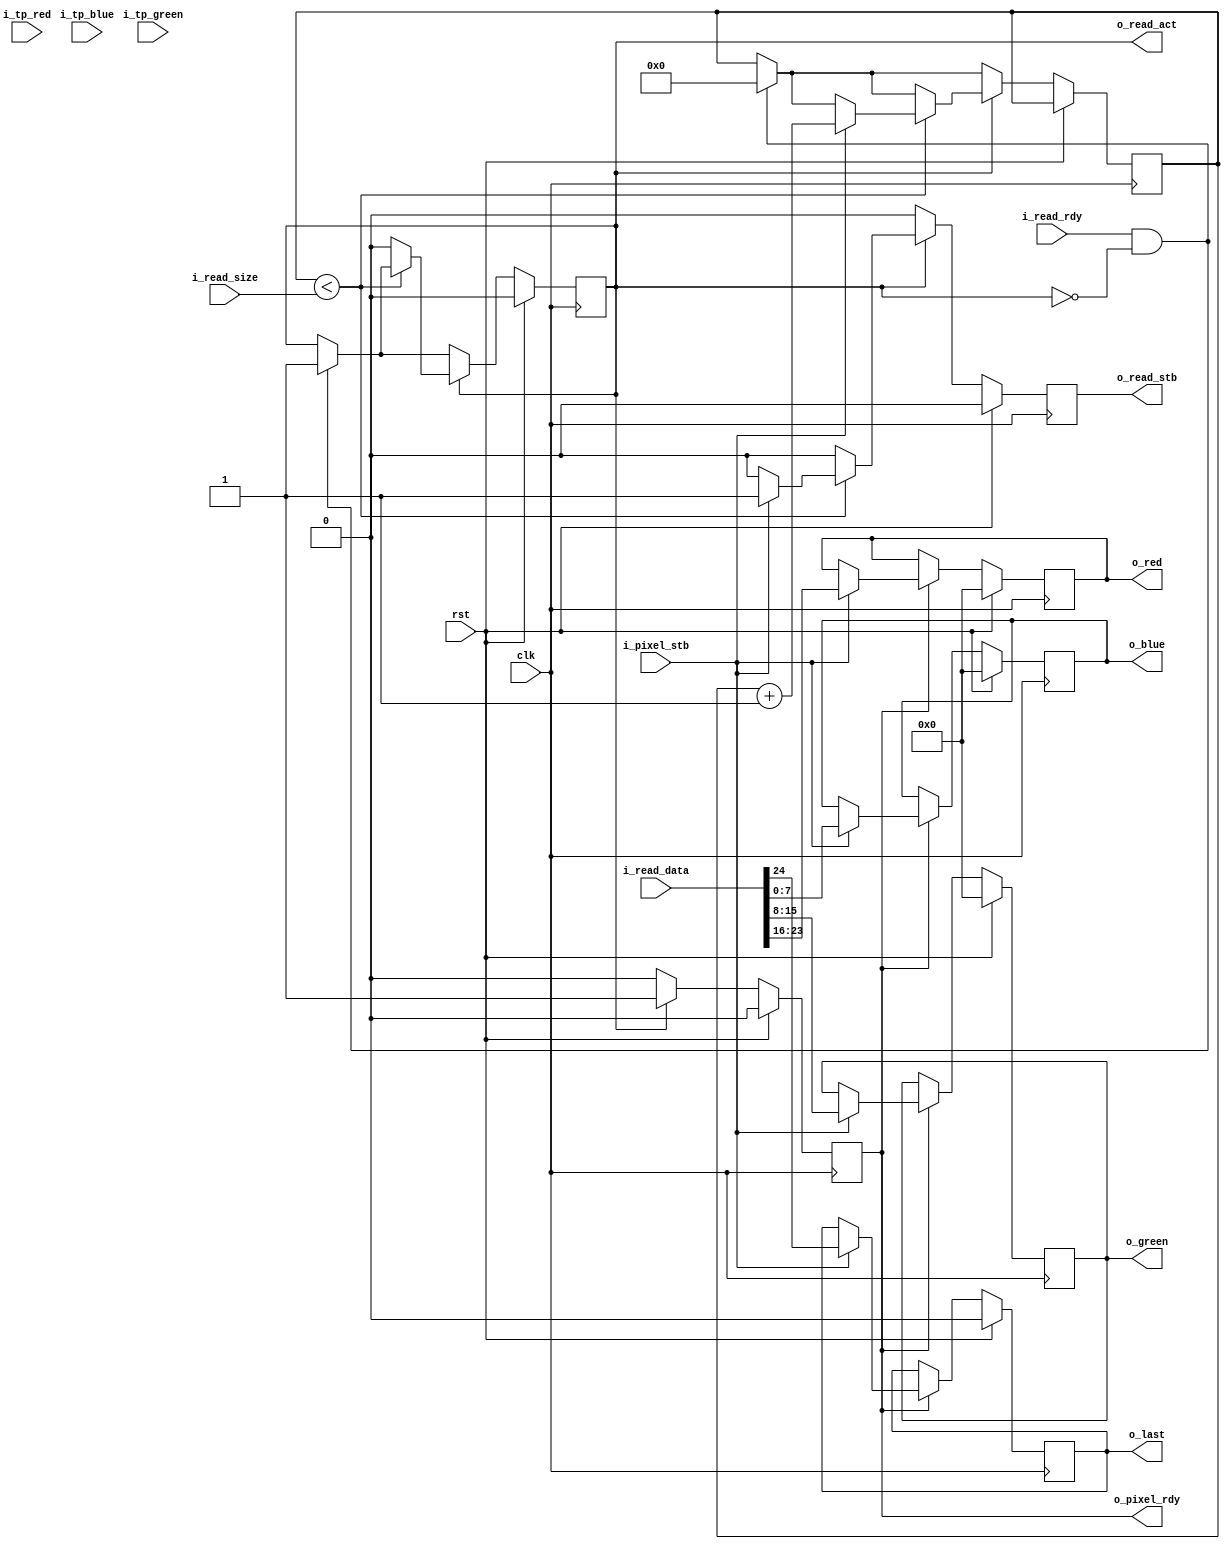
// This program was cloned from: https://github.com/CospanDesign/nysa-verilog
// License: MIT License

/*
Distributed under the MIT license.
Copyright (c) 2017 Dave McCoy (dave.mccoy@cospandesign.com)

Permission is hereby granted, free of charge, to any person obtaining a copy of
this software and associated documentation files (the "Software"), to deal in
the Software without restriction, including without limitation the rights to
use, copy, modify, merge, publish, distribute, sublicense, and/or sell copies
of the Software, and to permit persons to whom the Software is furnished to do
so, subject to the following conditions:

The above copyright notice and this permission notice shall be included in all
copies or substantial portions of the Software.

THE SOFTWARE IS PROVIDED "AS IS", WITHOUT WARRANTY OF ANY KIND, EXPRESS OR
IMPLIED, INCLUDING BUT NOT LIMITED TO THE WARRANTIES OF MERCHANTABILITY,
FITNESS FOR A PARTICULAR PURPOSE AND NONINFRINGEMENT. IN NO EVENT SHALL THE
AUTHORS OR COPYRIGHT HOLDERS BE LIABLE FOR ANY CLAIM, DAMAGES OR OTHER
LIABILITY, WHETHER IN AN ACTION OF CONTRACT, TORT OR OTHERWISE, ARISING FROM,
OUT OF OR IN CONNECTION WITH THE SOFTWARE OR THE USE OR OTHER DEALINGS IN THE
SOFTWARE.
*/

/*
 * Author:
 * Description:
 *
 * Changes:
 */

`timescale 1ps / 1ps

module pixel_reader (
  input                     clk,
  input                     rst,

  //FIFO interface
  input                     i_read_rdy,
  output  reg               o_read_act,
  input           [23:0]    i_read_size,
  input           [24:0]    i_read_data,
  output  reg               o_read_stb,

  //Output Pixels
  output  reg     [7:0]     o_red,
  output  reg     [7:0]     o_green,
  output  reg     [7:0]     o_blue,

  output  reg               o_pixel_rdy,
  input                     i_pixel_stb,

  //Test Generator
  input                     i_tp_red,
  input                     i_tp_blue,
  input                     i_tp_green,

  output  reg               o_last
);
//local parameters
//registes/wires

reg               [7:0]     r_next_red;
reg               [7:0]     r_next_green;
reg               [7:0]     r_next_blue;
reg               [31:0]    r_read_count;
reg                         r_tp_green;
reg                         r_tp_blue;
//submodules
//asynchronous logic
//synchronous logic

always @ (posedge clk) begin
  o_read_stb                <=  0;
  o_pixel_rdy               <=  0;
  if (rst) begin
    o_read_act              <=  0;

    o_red                   <=  0;
    o_green                 <=  0;
    o_blue                  <=  0;

    r_next_red              <=  0;
    r_next_green            <=  0;
    r_next_blue             <=  0;

    o_last                  <=  0;
  end
  else begin

    //If a FIFO is available activate it
    if (i_read_rdy && !o_read_act) begin
      r_read_count              <=  0;
      o_read_act                <=  1;
    end

    if (o_pixel_rdy) begin
      if (i_pixel_stb) begin
        o_pixel_rdy             <=  0;
        o_red                   <=  i_read_data[23:16];
        o_green                 <=  i_read_data[15:8];
        o_blue                  <=  i_read_data[7:0];
        o_last                  <=  i_read_data[24];
      end
    end

    if (o_read_act) begin
      o_pixel_rdy               <=  1;
      if (r_read_count < i_read_size) begin
        if (i_pixel_stb) begin
          r_read_count          <=  r_read_count + 1;
          o_read_stb            <=  1;
        end
      end
      else begin
        o_read_act              <=  0;
      end
    end
  end
end



endmodule